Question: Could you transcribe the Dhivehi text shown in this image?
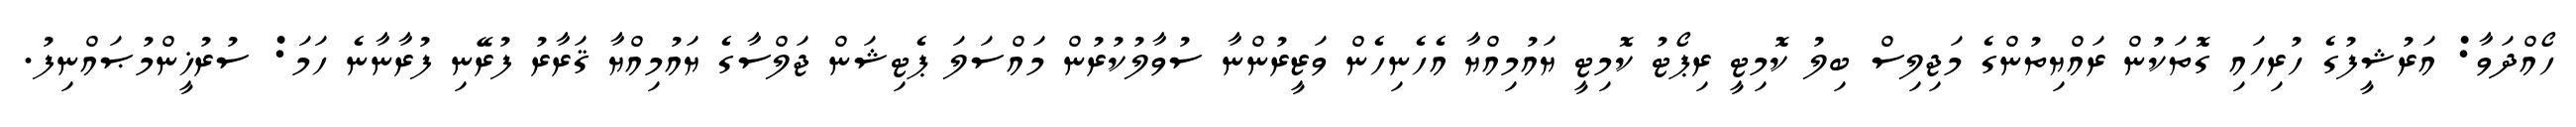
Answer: ހޯއްދަވާ: އަރުޝީފުގެ ހުރިހައި ގޮތަކުން ރައްޔިތުންގެ މަޖިލިސް ބިލު ކޮމިޓީ ރިޕޯޓު ކޮމިޓީ ޔައުމިއްޔާ އެހެނިހެން ވަޒީރުންނާ ސުވާލުކުރުން މައްސަލަ ޕެޓިޝަން ޖަލްސާގެ ޔައުމިއްޔާ ޤަރާރު ފުރޭނި ފުރާނާނެ ހަމަ: ސުރުޚީންމުޞައްނިފު.